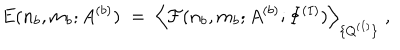
E ( n _ { b } , m _ { b } ; A ^ { ( b ) } ) \; = \; \Big \langle { \cal F } ( n _ { b } , m _ { b } ; A ^ { ( b ) } ; \Phi ^ { ( I ) } ) \Big \rangle _ { \{ Q ^ { ( I ) } \} } \; ,